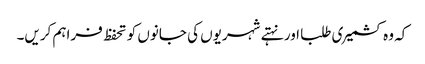
کہ وہ کشمیری طلبا اور نہتے شہریوں کی جانوں کو تحفظ فراہم کریں۔